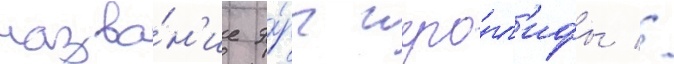
назва́н'ие э́ры иеро́гл'ифы //